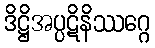
ဒိဋ္ဌိအပ္ပဋိနိဿဂ္ဂေ